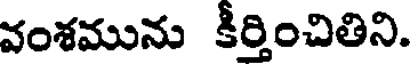
వంశమును కీర్తించితిని.